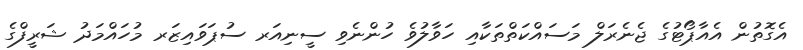
އެގޮތުން އެއާޕޯޓުގެ ޖެނެރަލް މަސައްކަތްތަކާއި ހަވާލުވެ ހުންނެވި ސީނިއަރ ސުޕަވައިޒަރ މުހައްމަދު ޝަރީފްގެ